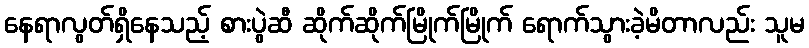
နေရာလွတ်ရှိနေသည့် စားပွဲဆီ ဆိုက်ဆိုက်မြိုက်မြိုက် ရောက်သွားခဲ့မိတာလည်း သူမ